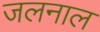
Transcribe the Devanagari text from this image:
जलनाल